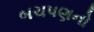
બચપણનો